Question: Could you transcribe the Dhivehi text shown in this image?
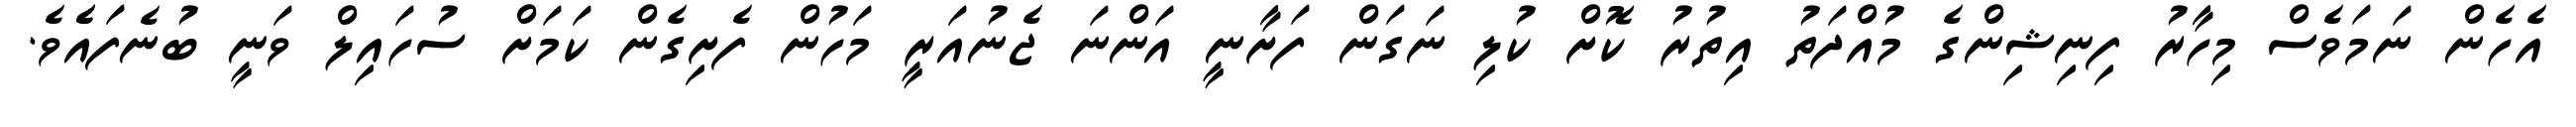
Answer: އެހެން ނަމަވެސް މިހާރު ފިނިޝިންގެ މުއްދަތު އިތުރު ކޮށް ކުލި ނަގަން ފަށާނީ އަންނަ ޖެނުއަރީ މަހުން ފެށިގެން ކަމަށް ސުހައިލް ވަނީ ބުނެފައެެވެ.